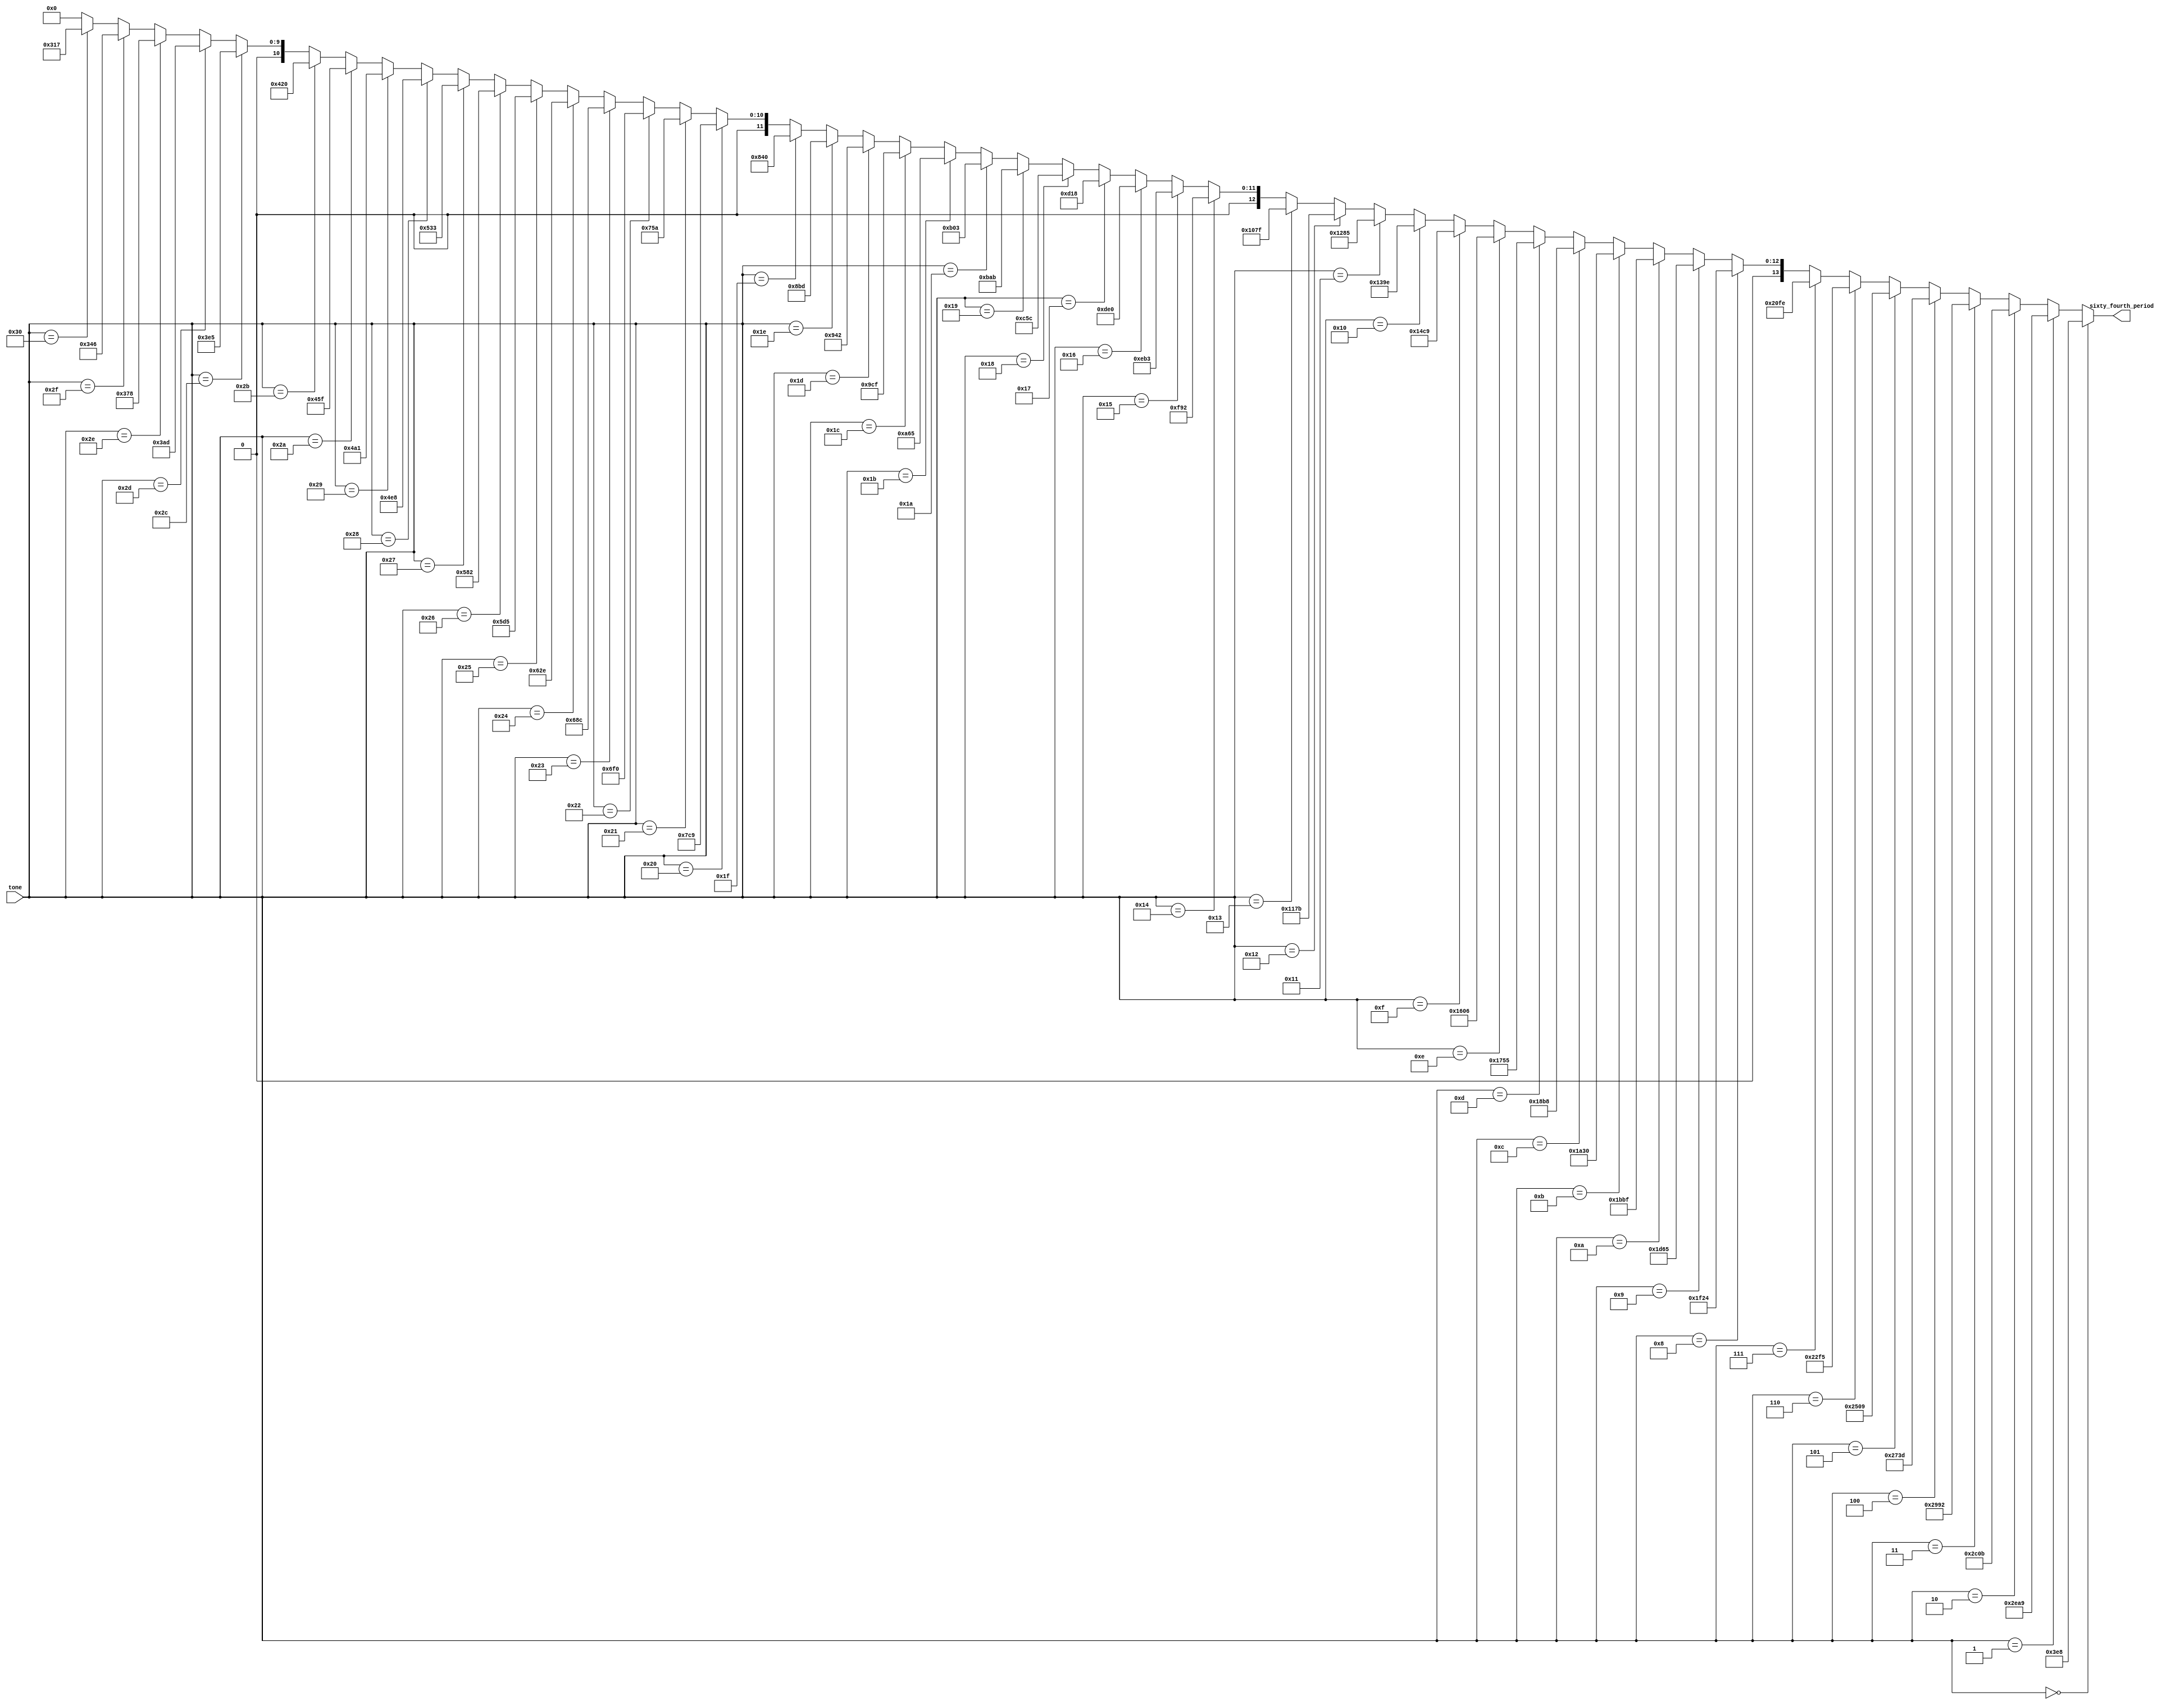
module tone_lut64 (input [5:0] tone, output [13:0] sixty_fourth_period);
	parameter
				REST= 14'd1000,	
				C3  = 14'd11945,
				C3S = 14'd11275,
				D3  = 14'd10642,
				D3S = 14'd10045,
				E3  = 14'd9481,
				F3  = 14'd8949,
				F3S = 14'd8446,
				G3  = 14'd7972,
				G3S = 14'd7525,
				A3  = 14'd7103,
				A3S = 14'd6704,
				B3  = 14'd6328,
				C4  = 14'd5973,
				C4S = 14'd5638,
				D4  = 14'd5321,
				D4S = 14'd5022,
				E4  = 14'd4741,
				F4  = 14'd4475,
				F4S = 14'd4223,
				G4  = 14'd3986,
				G4S = 14'd3763,
				A4  = 14'd3552,
				A4S = 14'd3352,
				B4  = 14'd3164,
				C5  = 14'd2987,
				C5S = 14'd2819,
				D5  = 14'd2661,
				D5S = 14'd2511,
				E5  = 14'd2370,
				F5  = 14'd2237,
				F5S = 14'd2112,
				G5  = 14'd1993,
				G5S = 14'd1882,
				A5  = 14'd1776,
				A5S = 14'd1676,
				B5  = 14'd1582,
				C6  = 14'd1493,
				C6S = 14'd1410,
				D6  = 14'd1331,
				D6S = 14'd1256,
				E6  = 14'd1185,
				F6  = 14'd1119,
				F6S = 14'd1056,
				G6  = 14'd997,
				G6S = 14'd941,
				A6  = 14'd888,
				A6S = 14'd838,
				B6  = 14'd791;
	assign sixty_fourth_period =
										(tone == 6'd0)  ? REST:
									   (tone == 6'd1)  ? C3  :
									   (tone == 6'd2)  ? C3S :
									   (tone == 6'd3)  ? D3  :
										(tone == 6'd4)  ? D3S :
										(tone == 6'd5)  ? E3  :
										(tone == 6'd6)  ? F3  :
										(tone == 6'd7)  ? F3S :
										(tone == 6'd8)  ? G3  :
										(tone == 6'd9)  ? G3S :
										(tone == 6'd10)  ? A3  :
										(tone == 6'd11) ? A3S :
										(tone == 6'd12) ? B3  :
										(tone == 6'd13) ? C4  :
										(tone == 6'd14) ? C4S :
										(tone == 6'd15) ? D4  :
										(tone == 6'd16) ? D4S :
										(tone == 6'd17) ? E4  :
										(tone == 6'd18) ? F4  :
										(tone == 6'd19) ? F4S :
										(tone == 6'd20) ? G4  :
										(tone == 6'd21) ? G4S :
										(tone == 6'd22) ? A4  :
										(tone == 6'd23) ? A4S :
										(tone == 6'd24) ? B4  :
										(tone == 6'd25) ? C5  :
										(tone == 6'd26) ? C5S :
										(tone == 6'd27) ? D5  :
										(tone == 6'd28) ? D5S :
										(tone == 6'd29) ? E5  :
										(tone == 6'd30) ? F5  :
										(tone == 6'd31) ? F5S :
										(tone == 6'd32) ? G5  :
										(tone == 6'd33) ? G5S :
										(tone == 6'd34) ? A5  :
										(tone == 6'd35) ? A5S :
										(tone == 6'd36) ? B5  :
										(tone == 6'd37) ? C6  :
										(tone == 6'd38) ? C6S :
										(tone == 6'd39) ? D6  :
										(tone == 6'd40) ? D6S :
										(tone == 6'd41) ? E6  :
										(tone == 6'd42) ? F6  :
										(tone == 6'd43) ? F6S :
										(tone == 6'd44) ? G6  :
										(tone == 6'd45) ? G6S :
										(tone == 6'd46) ? A6  :
										(tone == 6'd47) ? A6S :
										(tone == 6'd48) ? B6  :
										  0 ;
endmodule